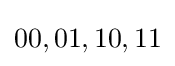
00,01,10,11